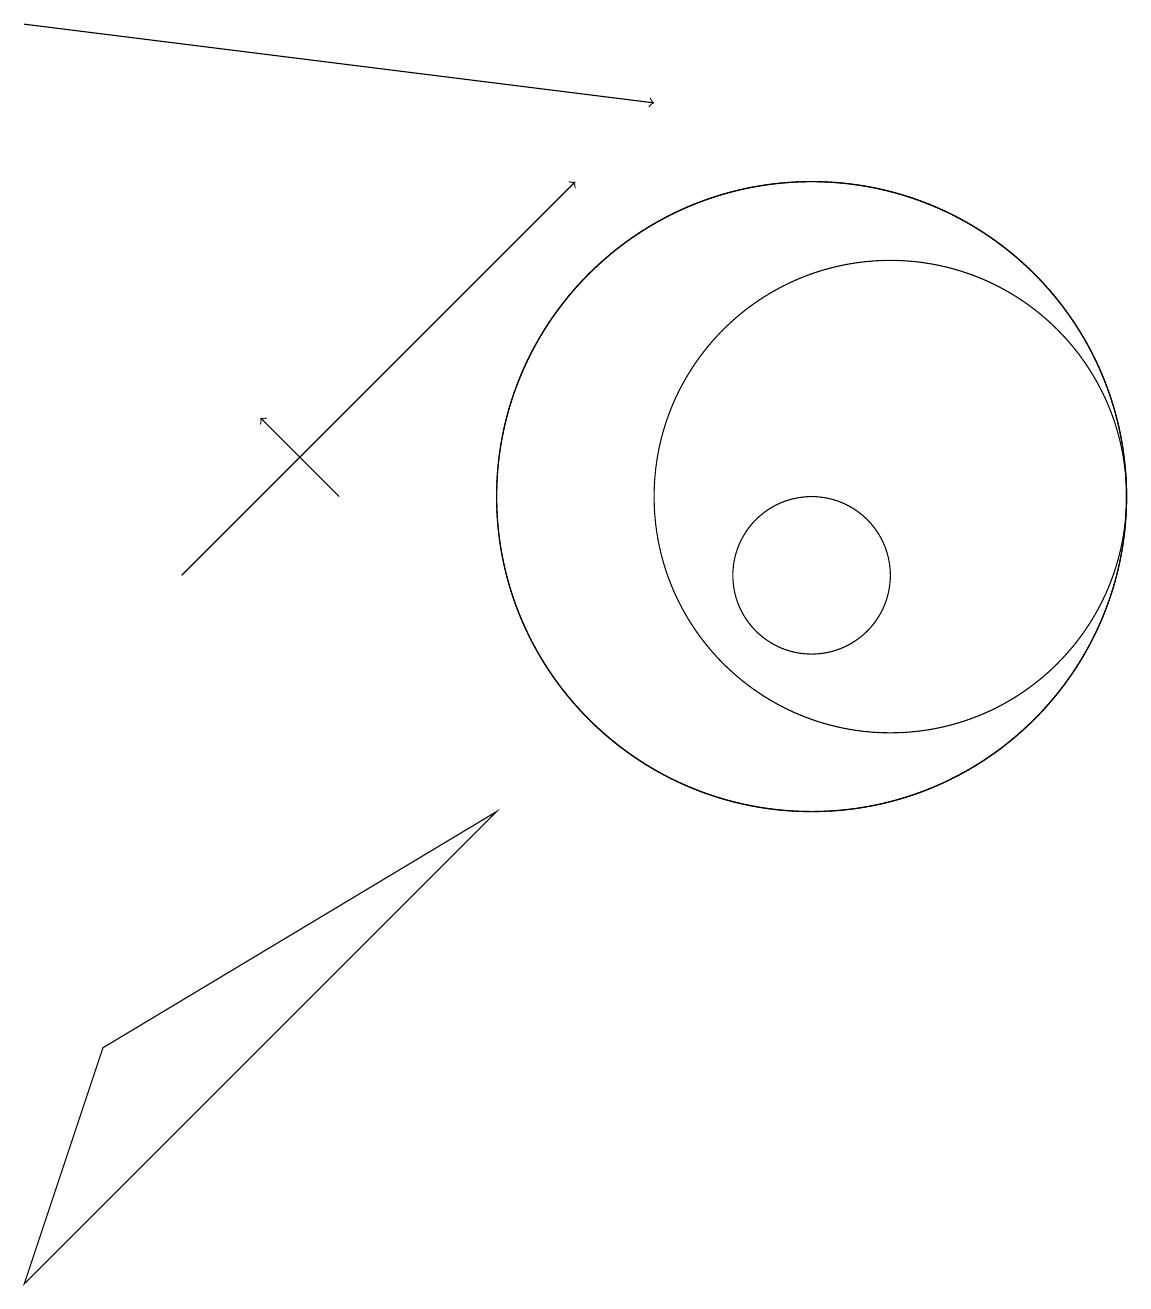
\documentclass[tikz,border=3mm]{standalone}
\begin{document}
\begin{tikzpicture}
\draw[->] (0,17) -- (8,16);
\draw (11,11) circle (3);
\draw[->] (2,10) -- (7,15);
\draw (1,4) -- (6,7) -- (0,1) -- cycle;
\draw[->] (4,11) -- (3,12);
\draw (10,11) circle (4);
\draw (10,10) circle (1);
\draw (10,11) circle (4);
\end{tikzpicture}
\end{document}